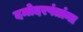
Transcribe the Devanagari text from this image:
दमोदरपंतांना